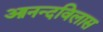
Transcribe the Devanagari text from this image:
आनन्दविलास